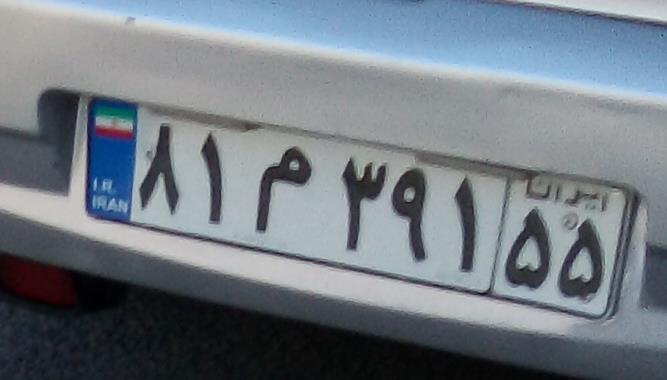
۸۱م۳۹۱۵۵